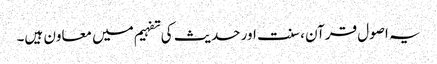
یہ اصول قرآن ، سنت اور حدیث کی تفہیم میں معاون ہیں۔